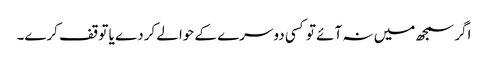
اگر سمجھ میں نہ آئے تو کسی دوسرے کے حوالے کردے یا توقف کرے۔